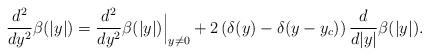
LaTeX: \begin{align*}\frac{d^2}{dy^2}\beta(|y|)=\frac{d^2}{dy^2}\beta(|y|)\Big|_{y\ne 0}+2\left(\delta(y)-\delta(y-y_c)\right)\frac{d}{d|y|}\beta(|y|).\end{align*}